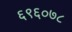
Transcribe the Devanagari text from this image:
६९६०७८